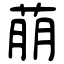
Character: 萠